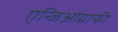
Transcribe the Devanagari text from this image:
एन्जिओग्राफी